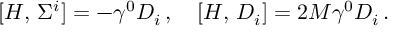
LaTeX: [ H , \, \Sigma ^ { i } ] = - \gamma ^ { 0 } { \cal D } _ { i } \, , \quad [ H , \, { \cal D } _ { i } ] = 2 M \gamma ^ { 0 } { \cal D } _ { i } \, .